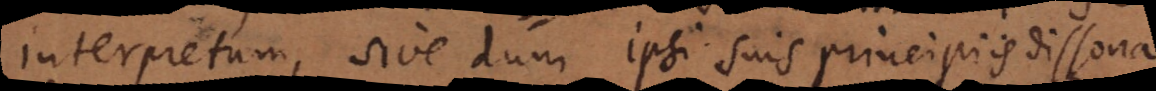
interpretum, sive dum ipsi suis principiis dissona